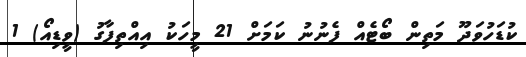
ކުޑަހުވަދޫ މަތިން ބޯޓެެއް ފެނުނު ކަމަށް 21 މީހަކު އިއްތިފާގު (ވީޑިއޯ) 1